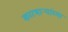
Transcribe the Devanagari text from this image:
कारभार्‍यांच्या